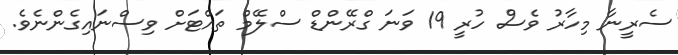
ސެރީނާ މިހާރު ވެސް ހުރީ 19 ވަނަ ގްރޭންޑް ސްލޭމް ތައްޓަށް ވިސްނައިގެންނެވެ.